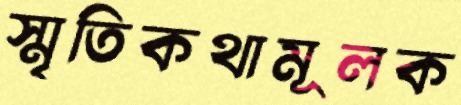
স্মৃতিকথামূলক